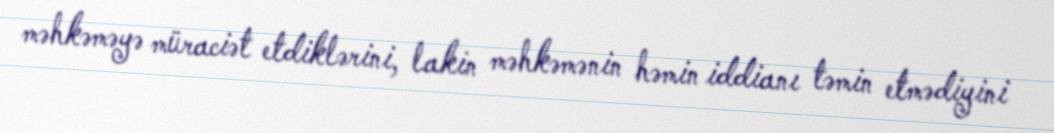
məhkəməyə müraciət etdiklərini, lakin məhkəmənin həmin iddianı təmin etmədiyini